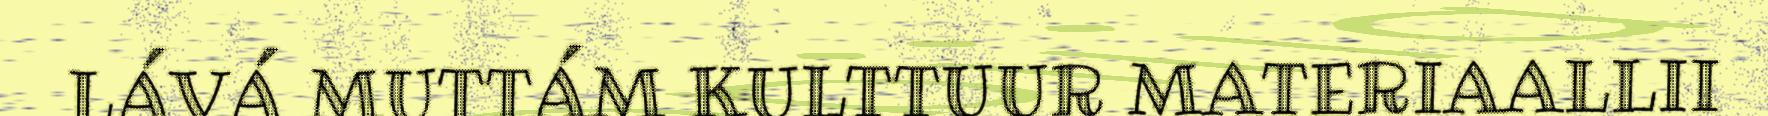
LÁVÁ MUTTÁM KULTTUUR MATERIAALLII